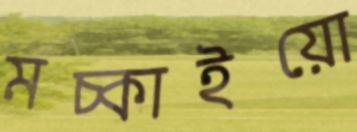
মচ্‌কাইয়ো